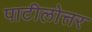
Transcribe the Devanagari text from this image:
पाटीलोत्तर